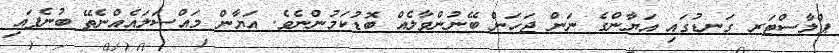
ޕްލާސްޓަރ ގަނޑުގައި އަޔާންގެ ނަން ޖަހަން ބޭނުންވާލެއް ބޮޑުކަމުންނެވެ. އަޔާން މައްސަލައެއްނެތޭ ބުނެފައި